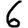
Digit: 6